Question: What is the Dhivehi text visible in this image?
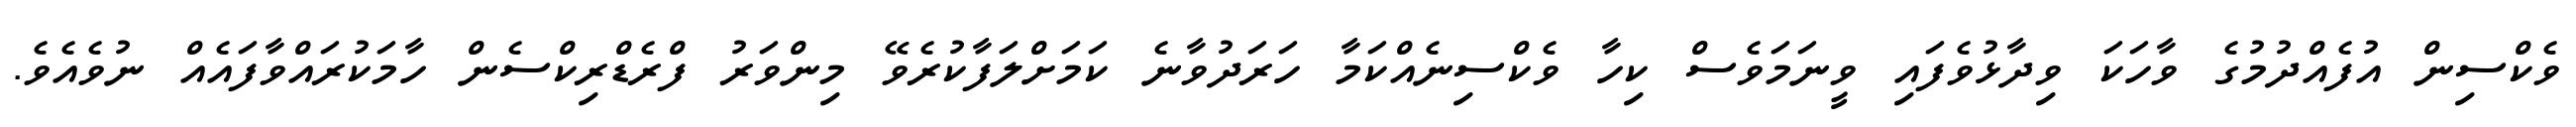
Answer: ވެކްސިން އުފެއްދުމުގެ ވާހަކަ ވިދާޅުވެފައި ވީނަމަވެސް ކިހާ ވެކްސިނެއްކަމާ ހަރަދުވާނެ ކަމަށްލަފާކުރެވޭ މިންވަރު ފްރެޑްރިކްސެން ހާމަކުރައްވާފައެއް ނުވެއެވެ.